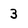
Character: 3